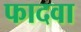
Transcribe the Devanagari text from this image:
फादवा